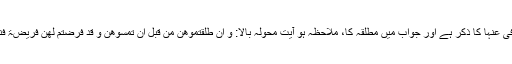
اس لئے کہ سوال میں متوفی عنہا کا ذکر ہے اور جواب میں مطلقہ کا، ملاحظہ ہو آیتِ محولہ بالا: و ان طلقتموھن من قبل ان تمسوھن و قد فرضتم لھن فریضۃ فنصف ما فرضتم ... الآیۃ۔